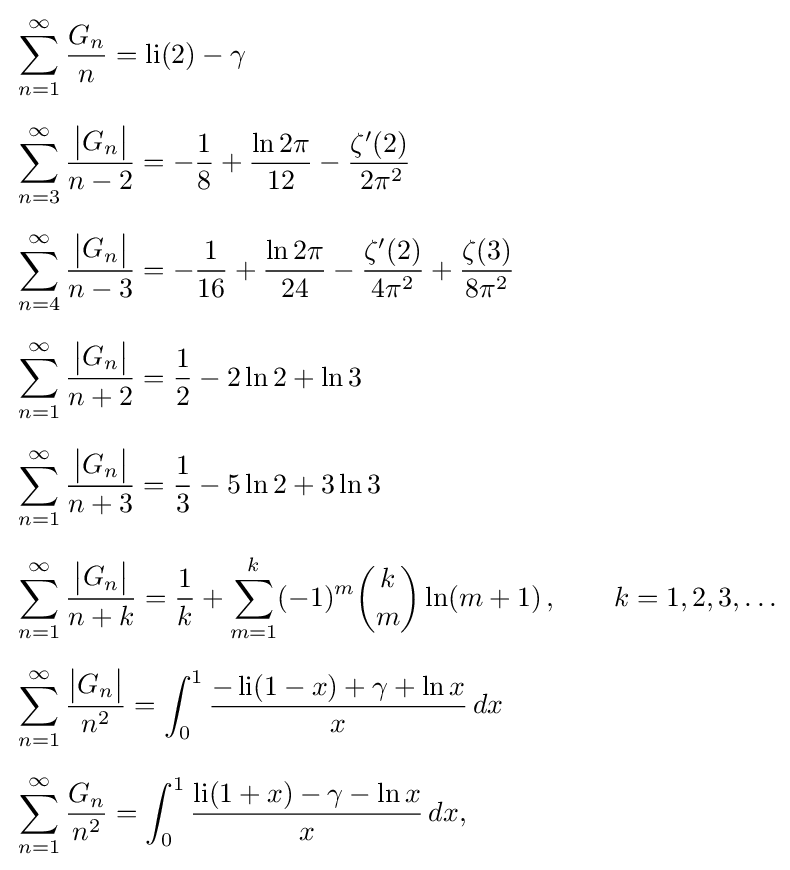
{\begin{aligned}&\sum _{n=1}^{\infty }{\frac {G_{n}}{n}}=\operatorname {li} (2)-\gamma \\[2mm]&\sum _{n=3}^{\infty }{\frac {{\big |}G_{n}{\big |}}{n-2}}=-{\frac {1}{8}}+{\frac {\ln 2\pi }{12}}-{\frac {\zeta '(2)}{\,2\pi ^{2}}}\\[2mm]&\sum _{n=4}^{\infty }{\frac {{\big |}G_{n}{\big |}}{n-3}}=-{\frac {1}{16}}+{\frac {\ln 2\pi }{24}}-{\frac {\zeta '(2)}{4\pi ^{2}}}+{\frac {\zeta (3)}{8\pi ^{2}}}\\[2mm]&\sum _{n=1}^{\infty }{\frac {{\big |}G_{n}{\big |}}{n+2}}={\frac {1}{2}}-2\ln 2+\ln 3\\[2mm]&\sum _{n=1}^{\infty }{\frac {{\big |}G_{n}{\big |}}{n+3}}={\frac {1}{3}}-5\ln 2+3\ln 3\\[2mm]&\sum _{n=1}^{\infty }{\frac {{\big |}G_{n}{\big |}}{n+k}}={\frac {1}{k}}+\sum _{m=1}^{k}(-1)^{m}{\binom {k}{m}}\ln(m+1)\,,\qquad k=1,2,3,\ldots \\[2mm]&\sum _{n=1}^{\infty }{\frac {{\big |}G_{n}{\big |}}{n^{2}}}=\int _{0}^{1}{\frac {-\operatorname {li} (1-x)+\gamma +\ln x}{x}}\,dx\\[2mm]&\sum _{n=1}^{\infty }{\frac {G_{n}}{n^{2}}}=\int _{0}^{1}{\frac {\operatorname {li} (1+x)-\gamma -\ln x}{x}}\,dx,\end{aligned}}